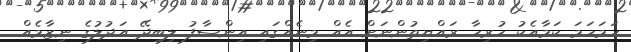
ހަމަހަމަ ކަމާއެކު ހުރިހާ ރައްޔިތުންނަށް އެއް މިނެއްގައި އިންސާފު ލިބިދޭ އަދުލުގެ ނިޒާމެއް